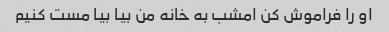
او را فراموش کن امشب به خانه من بیا بیا مست کنیم